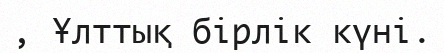
, Ұлттық бiрлiк күнi.